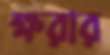
ক্ষরার